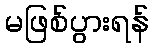
မဖြစ်ပွားရန်